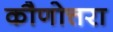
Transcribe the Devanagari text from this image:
कौणोत्तरा